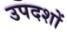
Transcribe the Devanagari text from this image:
उपदशों